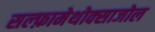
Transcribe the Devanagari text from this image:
सल्‍फ़ामेथोक्‍साजोल